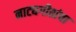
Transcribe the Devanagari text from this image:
नाट्यगीतांचा